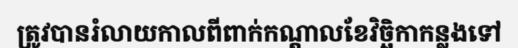
ត្រូវបានរំលាយកាលពីពាក់កណ្តាលខែវិច្ឆិកាកន្លងទៅ